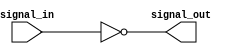
module not_gate(
    input signal_in,
    output signal_out
);

assign signal_out = ~signal_in;

endmodule